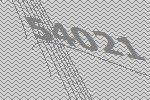
54021